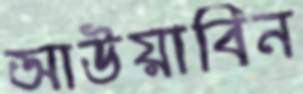
আউয়াবিন